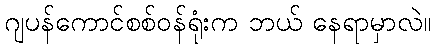
ဂျပန်ကောင်စစ်ဝန်ရုံးက ဘယ် နေရာမှာလဲ။